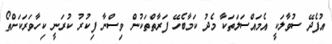
އުފެދޭ ސުވާލަކީ އެމައްސަލަތަކާ މެދު ކަމާބެހޭ ފަރާތްތަކުން ވިސްނާ ފިކުރު ކުރަނީ ކިހާވަރަކަށްތޯ